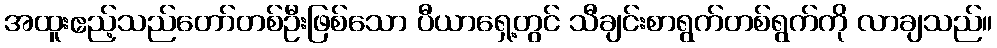
အထူးဧည့်သည်တော်တစ်ဦးဖြစ်သော ပီယာရှေ့တွင် သီချင်းစာရွက်တစ်ရွက်ကို လာချသည်။